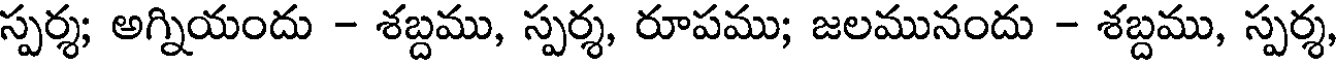
స్పర్శ; అగ్నియందు - శబ్దము, స్పర్శ, రూపము; జలమునందు - శబ్దము, స్పర్శ,